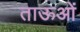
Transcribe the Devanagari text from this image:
ताऊओं